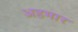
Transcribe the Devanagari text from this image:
अहमार